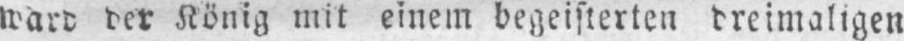
ward der König mit einem begeisterten dreimaligen